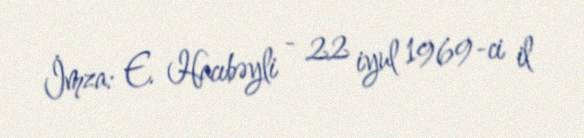
İmza: E. Hacıbəyli - 22 iyul 1969-ci il